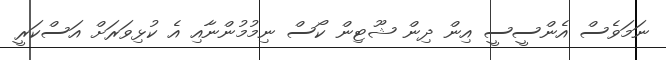
ނަމަވެސް އެންސީސީ އިން ދިން ޝޫޓިން ކޯސް ނިމުމުންނާއި އެ ކުޅިވަރަށް އަސްކަރީ